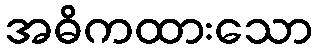
အဓိကထားသော